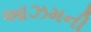
આઝમની